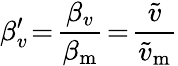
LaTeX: \beta_{v}^{\prime}\! =\! \frac{\beta_{v}}{\beta_{\mathrm{m}}}\! =\! \frac{\widetilde{v}}{\widetilde{v}_{\mathrm{m}}}